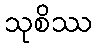
သုစိဿ